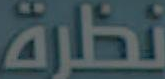
نظرة